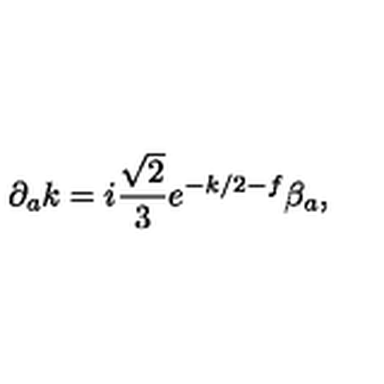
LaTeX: \partial _ { a } k = i \frac { \sqrt { 2 } } { 3 } e ^ { - k / 2 - f } \beta _ { a } ,